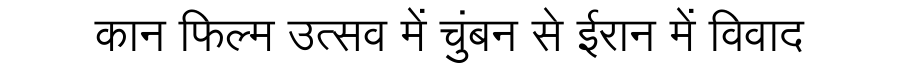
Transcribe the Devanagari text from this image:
कान फिल्म उत्सव में चुंबन से ईरान में विवाद